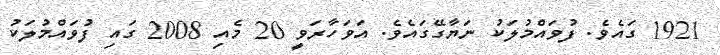
1921 ގައެވެ. ފުވައްމުލަކު ނަޔާގޭގައެވެ. އަވަހާރަވީ 20 މެއި 2008 ގައި ފުވައްމުލަކު